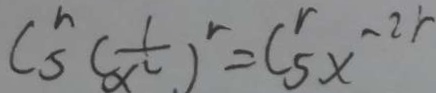
C ^ { r } _ { 5 } ( \frac { 1 } { x ^ { 2 } } ) ^ { r } = C _ { 5 } ^ { r } x ^ { - 2 r }